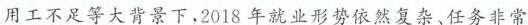
用工不足等大背景下，2018年就业形势依然复杂、任务非常